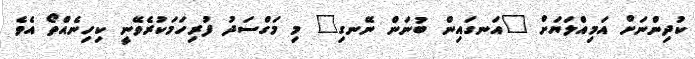
ކުދިންނަށް އަމިއްލަޔަށް "އަނގައިން ބުނަން ނޭނގި" މި މަގްސަދު ފުރިހަމަކުރެވޭނީ ކިހިނެއްތޯ އެވެ